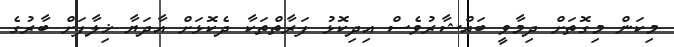
މިކަން މިގޮތަށް ދިމާވީ ބައްޝާރުވެސް އިދިކޮޅު ފަރާތްތަކާ ދެކޮޅަށް އާދަޔާ ޚިލާފަށް ބާރުގެ